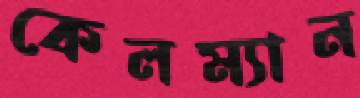
কেলম্যান